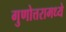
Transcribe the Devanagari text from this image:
गुणोत्तरामध्ये